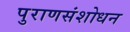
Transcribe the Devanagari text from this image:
पुराणसंशोधन